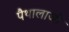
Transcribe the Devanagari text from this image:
पैथालाजी